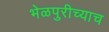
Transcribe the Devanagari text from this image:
भेळपुरीच्याच